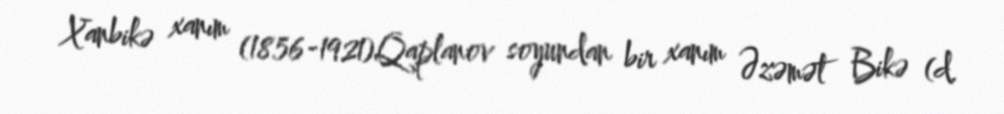
Xanbikə xanım (1856-1921)Qaplanov soyundan bir xanım Əzəmət Bikə (d.